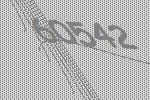
60542